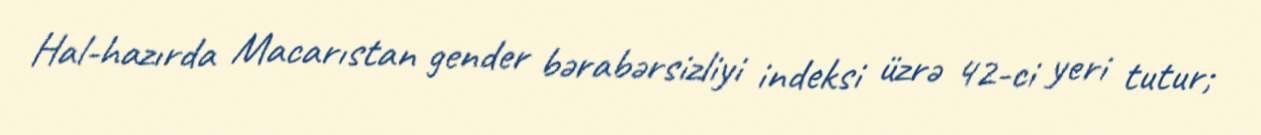
Hal-hazırda Macarıstan gender bərabərsizliyi indeksi üzrə 42-ci yeri tutur;